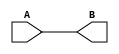
module non_inverting_buffer(
    input wire A,
    output reg B
);

always @(A)
    B <= A;

endmodule